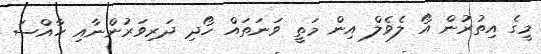
މީގެ އިތުރުން އޯ ލެވެލް އިން މަތީ ވަނަތައް ހޯދި ދަރިވަރުންނާއި ހާއްސަ